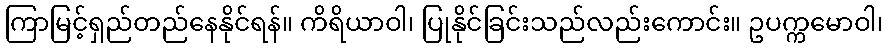
ကြာမြင့်ရှည်တည်နေနိုင်ရန်။ ကိရိယာဝါ၊ ပြုနိုင်ခြင်းသည်လည်းကောင်း။ ဥပက္ကမောဝါ၊